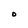
Character: O